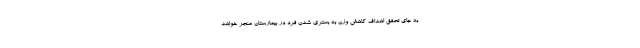
به جای تحقق اهداف کاهش وزن به بستری شدن فرد در بیمارستان منجر خواهد